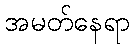
အမတ်နေရာ